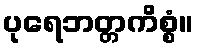
ပုရေဘတ္တကိစ္စံ။